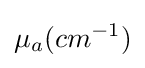
\mu _{a}(cm^{-1})